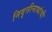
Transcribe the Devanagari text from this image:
निवृत्तीनाथांची